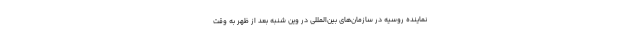
نماینده روسیه در سازمان‌های بین‌المللی در وین شنبه بعد از ظهر به وقت